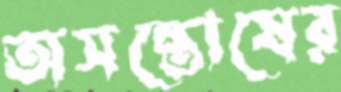
অসন্তোষের